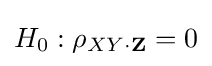
H_{0}:\rho _{XY\cdot \mathbf {Z} }=0